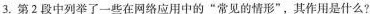
3.第2段中列举了一些网络应用中的“常见的情形”，其作用是什么？